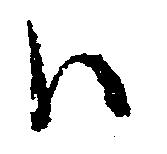
ハ